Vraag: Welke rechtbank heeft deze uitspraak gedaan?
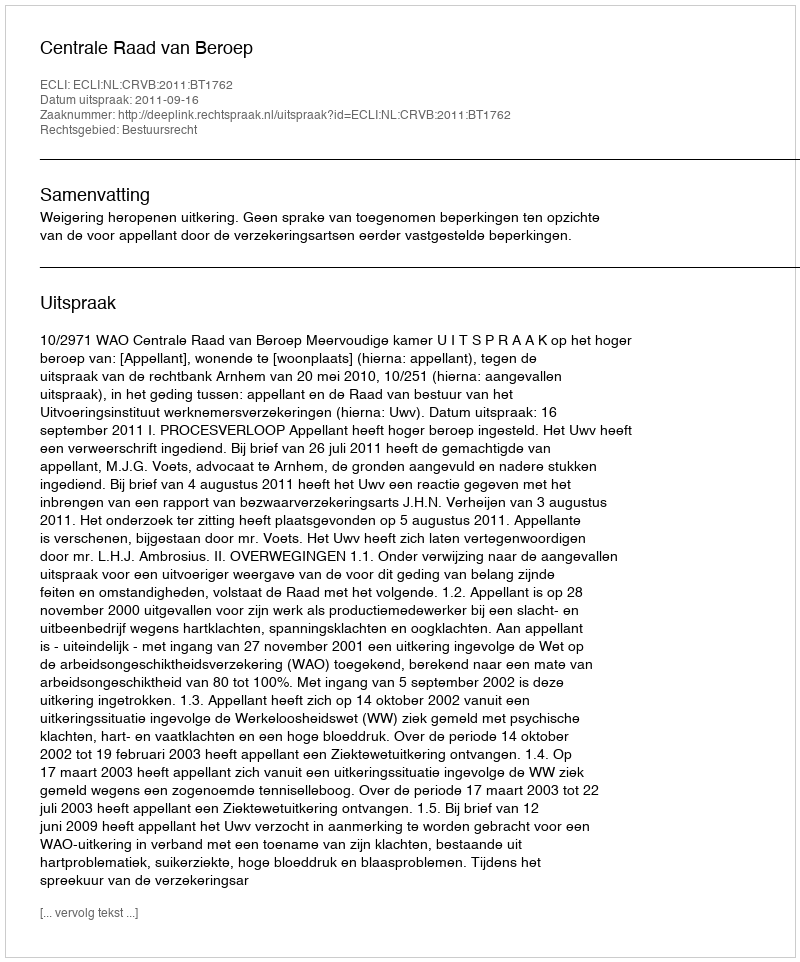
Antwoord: Centrale Raad van Beroep